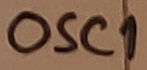
Text: OSC1